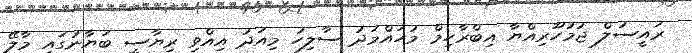
ރައީސުލް ޖުމުހޫރިއްޔާ އިބްރާހިމް މުހައްމަދު ސާލިހު މިއަދު އިއްވި ރިޔާސީ ބަޔާނުގައި މާލޭ